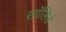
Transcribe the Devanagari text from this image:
सॉलिडे